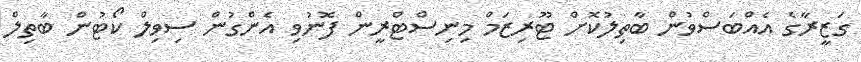
ގަޒީރާގެ އެއްބަސްވުން ބާތިލުކޮށް ޓޫރިޒަމް މިނިސްޓްރީން ފޮނުވި އެންގުން ސިވިލް ކޯޓުން ބާތިލް